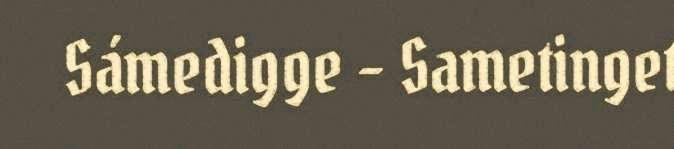
Sámedigge - Sametinget